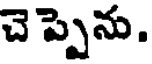
చె ప్పెను.